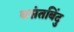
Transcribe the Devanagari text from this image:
वसंतबिंदु